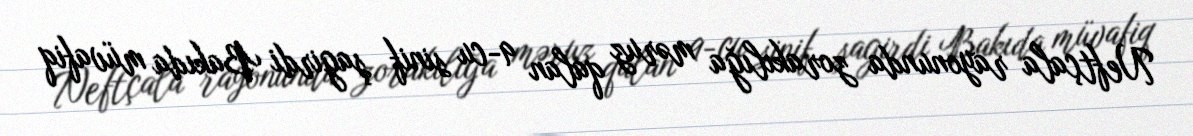
Neftçala rayonunda zorakılığa məruz qalan 9-cu sinif şagirdi Bakıda müvafiq